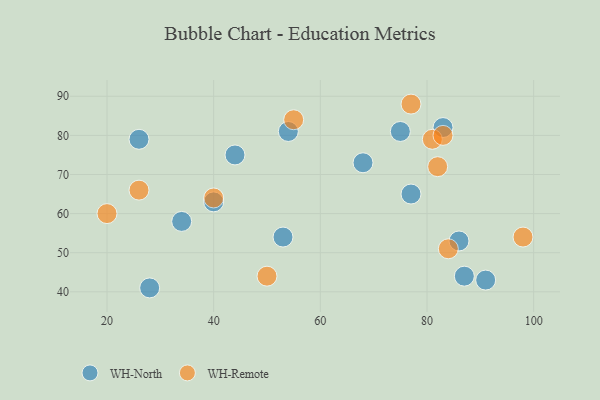
{"axis": {"x": "GDP", "y": "Life Expectancy"}, "legend": ["WH-North", "WH-Remote"], "data": [{"x": "83", "y": 82, "type": "WH-North"}, {"x": "44", "y": 75, "type": "WH-North"}, {"x": "86", "y": 53, "type": "WH-North"}, {"x": "54", "y": 81, "type": "WH-North"}, {"x": "68", "y": 73, "type": "WH-North"}, {"x": "26", "y": 79, "type": "WH-North"}, {"x": "40", "y": 63, "type": "WH-North"}, {"x": "77", "y": 65, "type": "WH-North"}, {"x": "91", "y": 43, "type": "WH-North"}, {"x": "75", "y": 81, "type": "WH-North"}, {"x": "28", "y": 41, "type": "WH-North"}, {"x": "34", "y": 58, "type": "WH-North"}, {"x": "87", "y": 44, "type": "WH-North"}, {"x": "53", "y": 54, "type": "WH-North"}, {"x": "26", "y": 66, "type": "WH-Remote"}, {"x": "84", "y": 51, "type": "WH-Remote"}, {"x": "81", "y": 79, "type": "WH-Remote"}, {"x": "20", "y": 60, "type": "WH-Remote"}, {"x": "83", "y": 80, "type": "WH-Remote"}, {"x": "50", "y": 44, "type": "WH-Remote"}, {"x": "82", "y": 72, "type": "WH-Remote"}, {"x": "77", "y": 88, "type": "WH-Remote"}, {"x": "40", "y": 64, "type": "WH-Remote"}, {"x": "98", "y": 54, "type": "WH-Remote"}, {"x": "55", "y": 84, "type": "WH-Remote"}]}